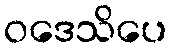
ဝဒေသိပေ